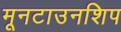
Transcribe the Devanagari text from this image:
मूनटाउनशिप